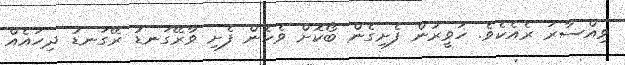
ވިއްސާރަ ރެއެކެވެ. ހަވީރުން ފެށިގެން ބޯކޮށް ވެހެން ފެށި ވާރޭގަނޑު ރޭގަނޑު ދިހައެއް